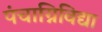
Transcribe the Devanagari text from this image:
पंचाग्निविद्या